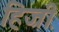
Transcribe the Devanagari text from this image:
हिज्री़